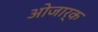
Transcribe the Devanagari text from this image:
ओजार्क